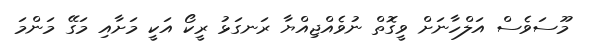
މޫސަވެސް އަލްހާނަށް ވީގޮތް ނުވެއްޖިއްޔާ ރަނގަޅު ރީކޯ އަކީ މަށާއި މަގޭ މަންމަ